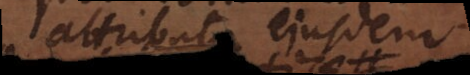
attributa ejusdem